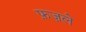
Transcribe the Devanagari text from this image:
फ़ज़ले